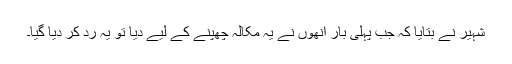
شہیر نے بتایا کہ جب پہلی بار انھوں نے یہ مکالہ چھپنے کے لیے دیا تو یہ رد کر دیا گیا۔